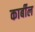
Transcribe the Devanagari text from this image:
कार्बील